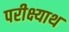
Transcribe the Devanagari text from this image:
परीक्ष्याथ